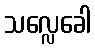
သလ္လေခေါ